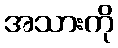
အသားကို